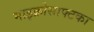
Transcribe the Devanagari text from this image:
माइक्रोसाफ्टका